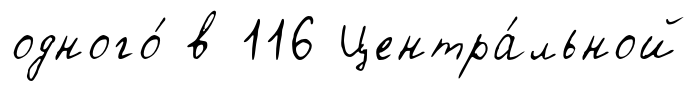
одного́ в 116 Центра́льной